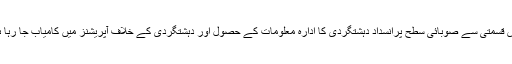
خوش قسمتی سے صوبائی سطح پرانسداد دہشتگردی کا ادارہ معلومات کے حصول اور دہشتگردی کے خلاف آپریشنز میں کامیاب جا رہا ہے ۔